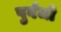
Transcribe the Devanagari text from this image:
पुर्वजो